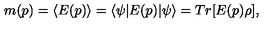
m ( p ) = \langle E ( p ) \rangle = \langle \psi | E ( p ) | \psi \rangle = T r [ E ( p ) \rho ] ,